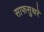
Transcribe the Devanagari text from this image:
साफसुथरे